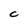
Character: C